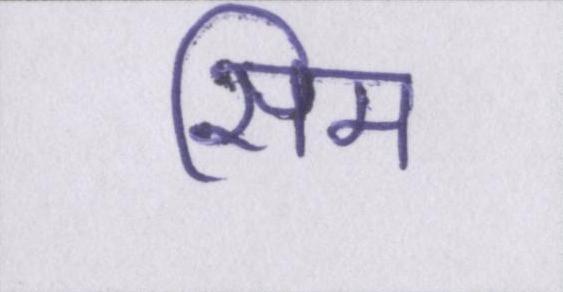
सिम